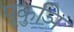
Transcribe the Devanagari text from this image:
पूकुञि